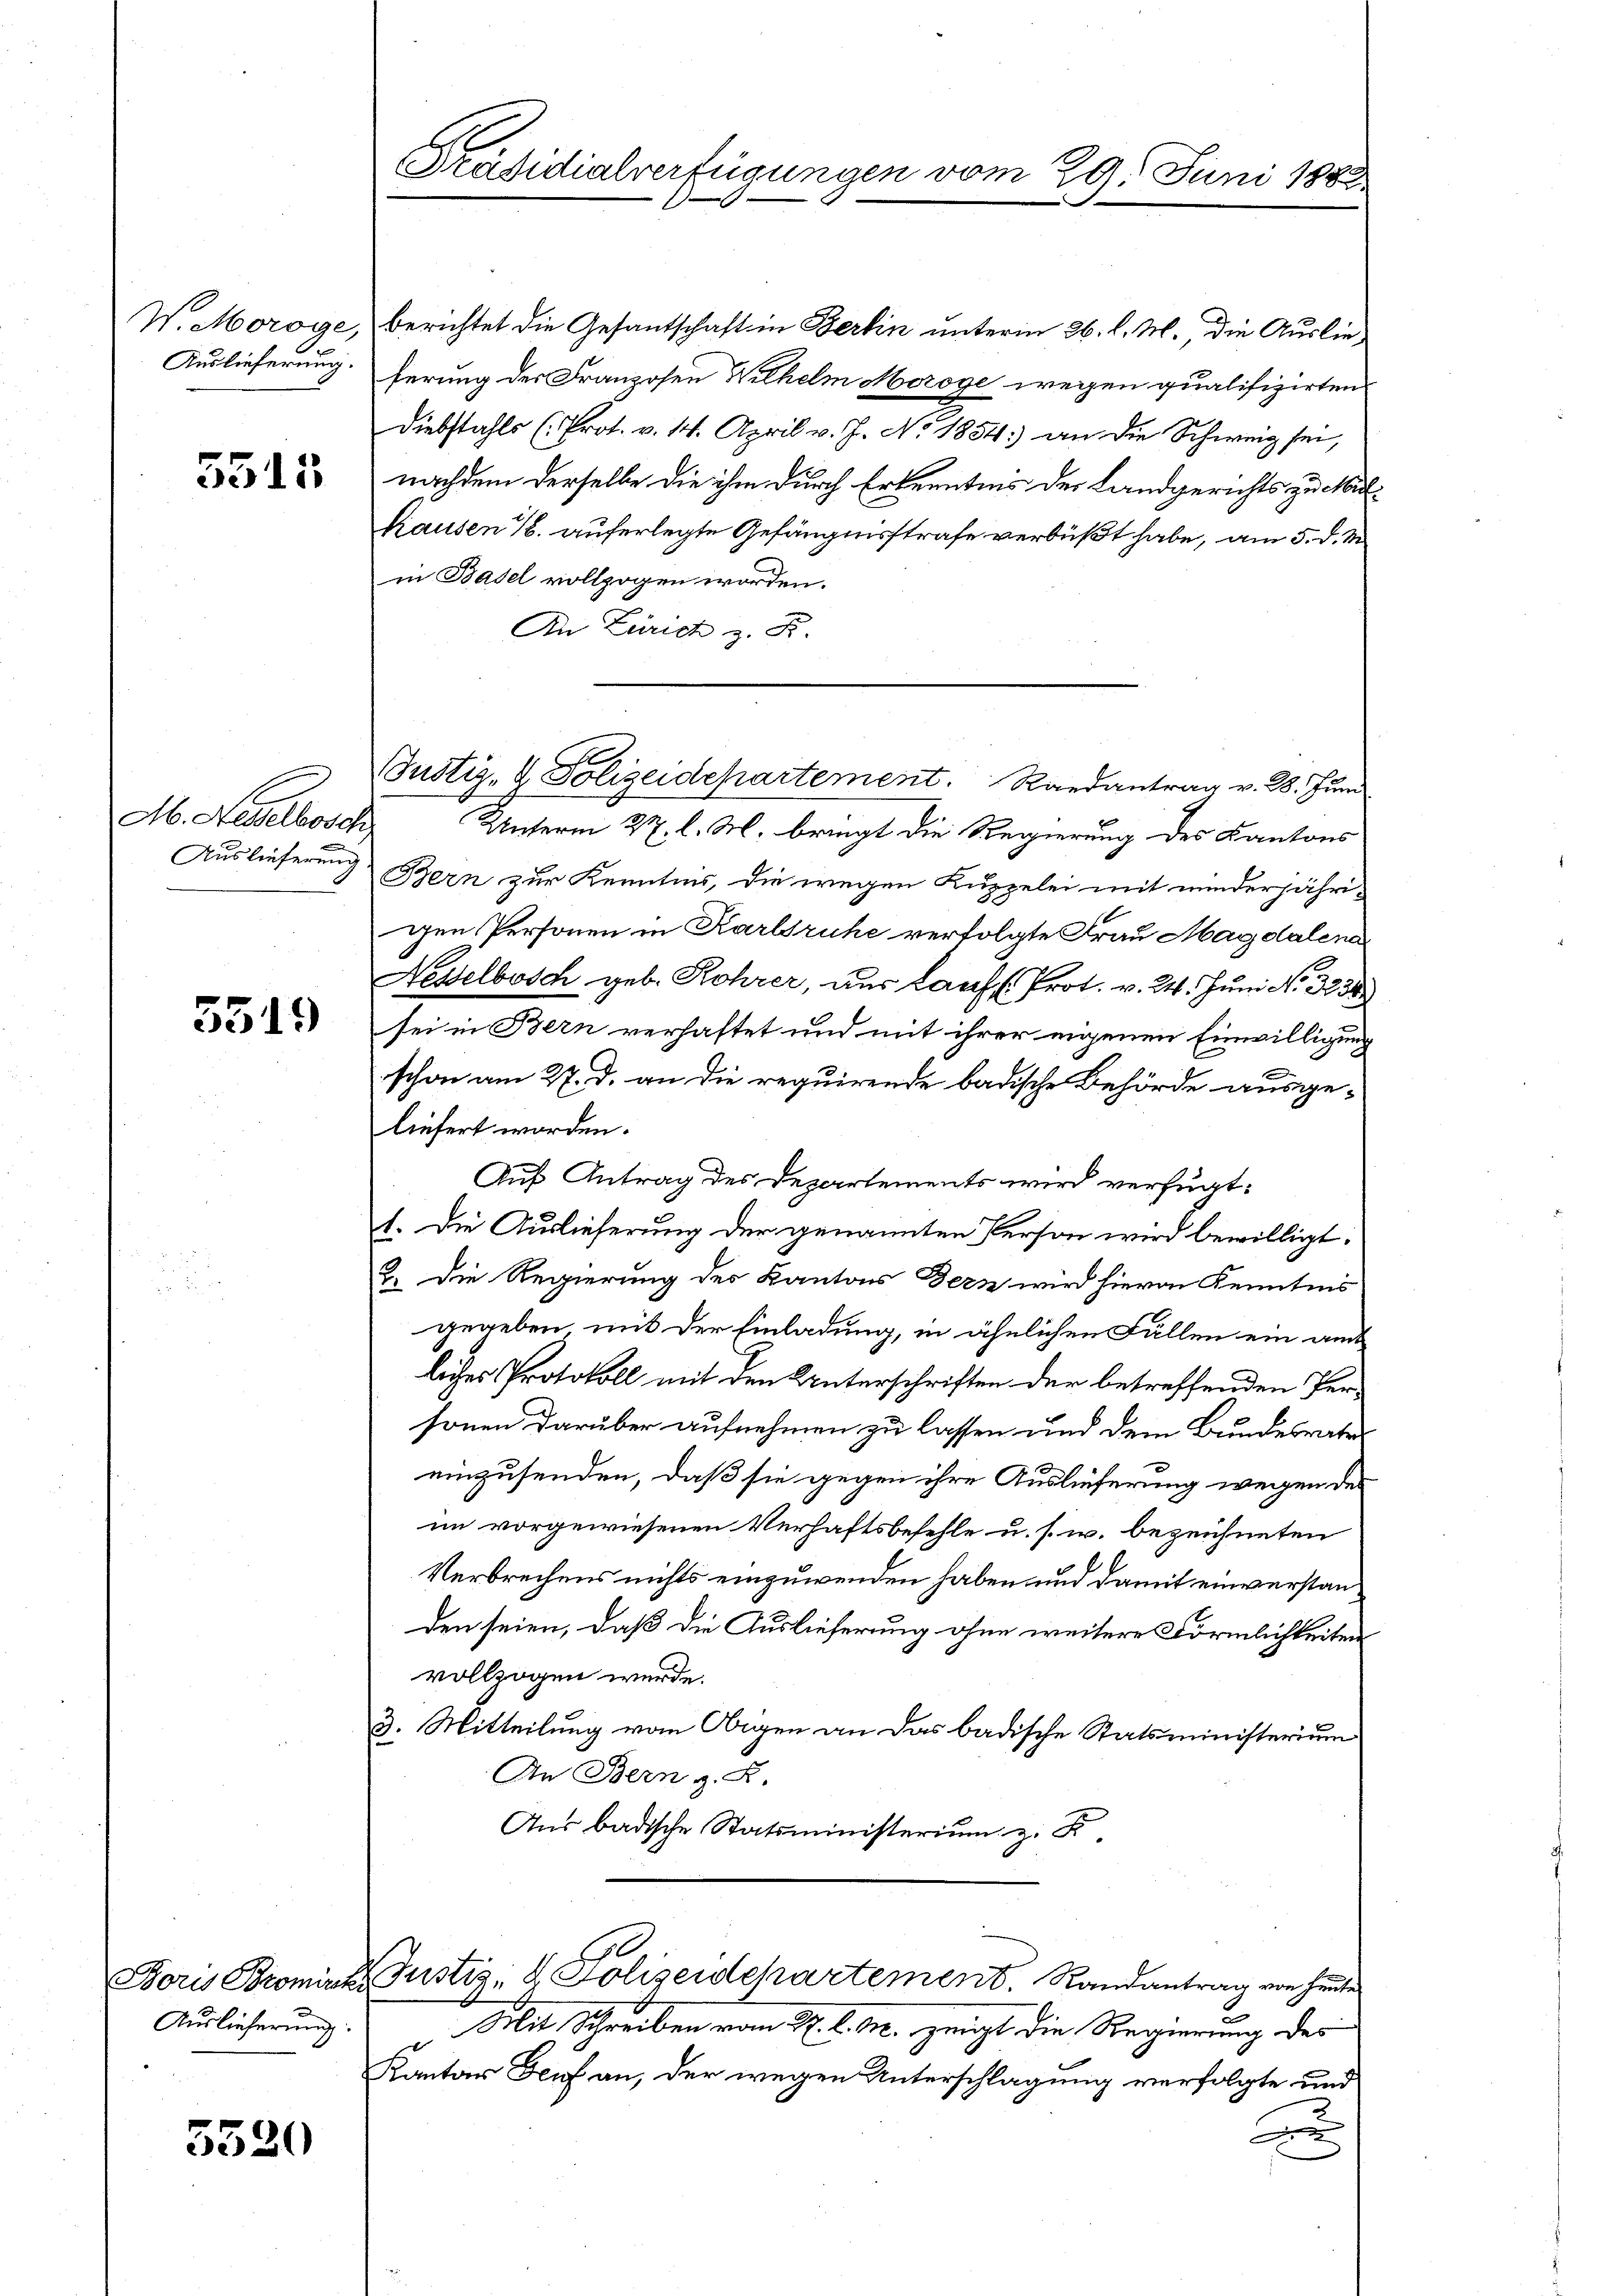
5515

M. Nebellose

5519

Boris Bromincks
Auslieferung:

5520

Präsidialverfügungen

W. Moroge, Berichtet die Gesantschaft in Berlin unterm 26. l. M. die Auslie¬
Auslieferung. Ferung der Franzosen Wilhelm Meroge wegen qualifizirten
Diebstahls (Prot. v. 14. April v. J. No. 1834. an die Schweig sei,
nachdem derselbe die ihm durch Erkenntnis der Landgerichts zu Mu¬
Krausen 16. auferlegte Gefängnisstrafe verbüßt habe, am 5. d. M
in Basel vollzogen worden.
An Zürich z. B.
Unterm 22. l. M. bringt die Regierung des Kantons
Auslieferung Bern zur Kenntnis, die wegen Kuppelei mit minderjähri-
gen Personen in Karlsruhe verfolgte Frau Magdalena
Nesselbosch geb. Rohrer, aus Lauf Prot. v. 24. Juni No 3236.
sei in Bern verhaftet und mit ihrer eigenen Einwilligung
schon am 27. d. an die requirende badische Behörde ausge-
liefert worden.
Auf Antrag des Departements wird verfügt:
1. Die Auslieferung der genannten Person wird bewilligt.
2. Die Regierung des Kantons Bern wird hievon Kenntnis
gegeben, mit der Einladung, in ähnlichen Fällen ein amt
liches Protokoll mit den Unterschriften der betreffenden Per-
sonen darüber aufnehmen zu lassen und dem Bundesrates
einzusenden, daß sie gegen ihre Auslieferung wegen des
im vorgewiesenen Verhaftsbefehle u. s. w. bezeichneten
Verbrechens nichts einzuwenden haben und damit einverstanden seien, daß die Auslieferung ohne weitere Förmlichkeiten
vollzogen werde.
3. Mitteilung vom Obigen an das badische Statsministerium
An Bern z. B.
Ans badische Statsministerium z. F

Justiz- & Polizeidepartement. Randantrag v. 28. Juni

G

Justiz- & Polizeidchartement. Randantrag von heute

29. Juni 1882.

Mit Schreiben vom 4. l. M. zeigt die Regierung des
Kanton Teuf an, der wegen Unterschlagung verfolgte und
u